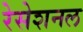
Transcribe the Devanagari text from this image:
रेसेशनल